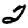
Digit: 2